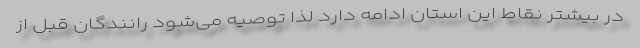
در بیشتر نقاط این استان ادامه دارد لذا توصیه می‌شود رانندگان قبل از